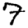
Digit: 7